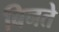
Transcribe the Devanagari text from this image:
बिनते